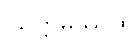
ဩက္ကမိဿထ